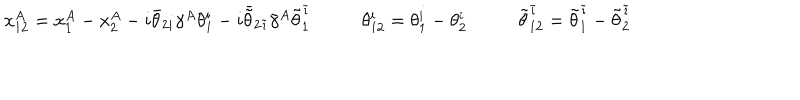
\begin{array} { c c c } { { x _ { 1 2 } ^ { A } = x _ { 1 } ^ { A } - x _ { 2 } ^ { A } - i \bar { \theta } _ { 2 i } \gamma ^ { A } \theta _ { 1 } ^ { i } - i \bar { \tilde { \theta } } _ { 2 \tilde { \imath } } \tilde { \gamma } ^ { A } \tilde { \theta } _ { 1 } ^ { \tilde { \imath } } ~ } } & { { \theta _ { 1 2 } ^ { i } = \theta _ { 1 } ^ { i } - \theta _ { 2 } ^ { i } ~ } } & { { \tilde { \theta } _ { 1 2 } ^ { \tilde { \imath } } = \tilde { \theta } _ { 1 } ^ { \tilde { \imath } } - \tilde { \theta } _ { 2 } ^ { \tilde { \imath } } } } \\ \end{array}